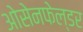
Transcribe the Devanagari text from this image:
ओसेनफेल्डर